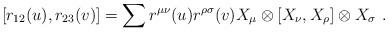
LaTeX: \begin{align*}[r_{12}(u),r_{23}(v)]=\sum r^{\mu\nu}(u)r^{\rho\sigma}(v)X_\mu\otimes[X_\nu,X_\rho]\otimes X_\sigma~.\end{align*}